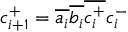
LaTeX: c _ { i + 1 } ^ { + } = { \overline { { a _ { i } } } } { \overline { { b _ { i } } } } { \overline { { c _ { i } ^ { + } } } } c _ { i } ^ { - }